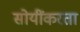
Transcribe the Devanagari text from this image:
सोयींकरता